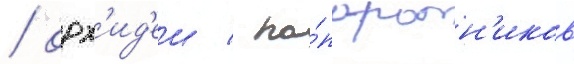
/ орх'ид'еи / па́поротн'иков